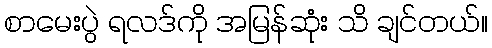
စာမေးပွဲ ရလဒ်ကို အမြန်ဆုံး သိ ချင်တယ်။